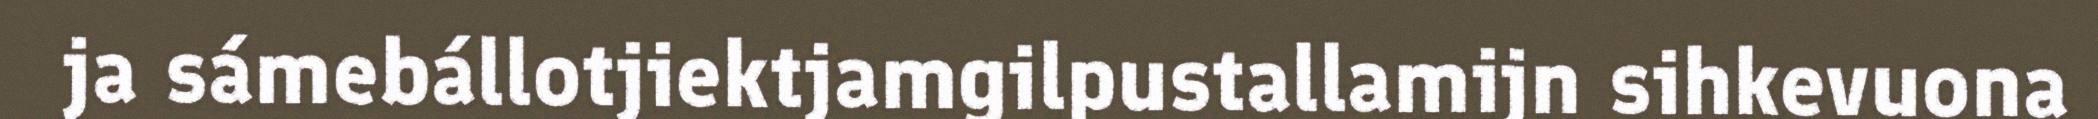
ja sámebállotjiektjamgilpustallamijn sihkevuona